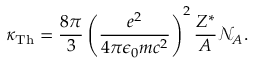
\kappa _ { \mathrm { T h } } = \frac { 8 \pi } { 3 } \left( \frac { e ^ { 2 } } { 4 \pi \epsilon _ { 0 } m c ^ { 2 } } \right) ^ { 2 } \frac { Z ^ { * } } { A } \mathcal { N } _ { A } .